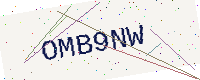
Text: OMB9NW